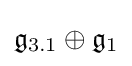
{\mathfrak {g}}_{3.1}\oplus {\mathfrak {g}}_{1}